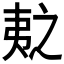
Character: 𫡛